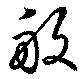
般